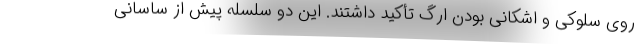
روی سلوکی و اشکانی بودن ارگ تأکید داشتند. این دو سلسله پیش از ساسانی